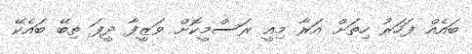
ބައެއް ފަހަރު ހިތަށް އަރާ މިއީ ރަސްމީކޮށް ވަޒީފާ ދީފަ ތިބޭ ބައެކޭ